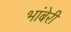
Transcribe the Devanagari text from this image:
भांबेरी